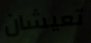
تعيشان